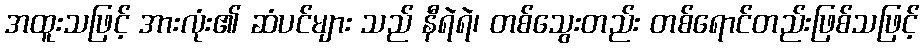
အထူးသဖြင့် အားလုံး၏ ဆံပင်များ သည် နီရဲရဲ၊ တစ်သွေးတည်း တစ်ရောင်တည်းဖြစ်သဖြင့်